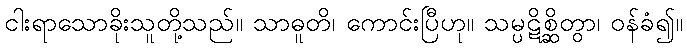
ငါးရာသောခိုးသူတို့သည်။ သာဓူတိ၊ ကောင်းပြီဟု။ သမ္ပဋိစ္ဆိတွာ၊ ဝန်ခံ၍။